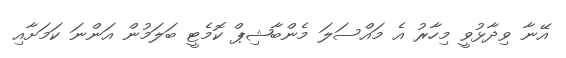
އޭނާ ވިދާޅުވީ މިހާރު އެ މައްސަލަ މެންބާޝިޕް ކޮމެޓީ ބަލަމުން އަންނަ ކަމަށާއި